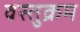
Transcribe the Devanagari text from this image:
वस्तुक्रम